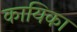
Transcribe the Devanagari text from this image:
कायिका